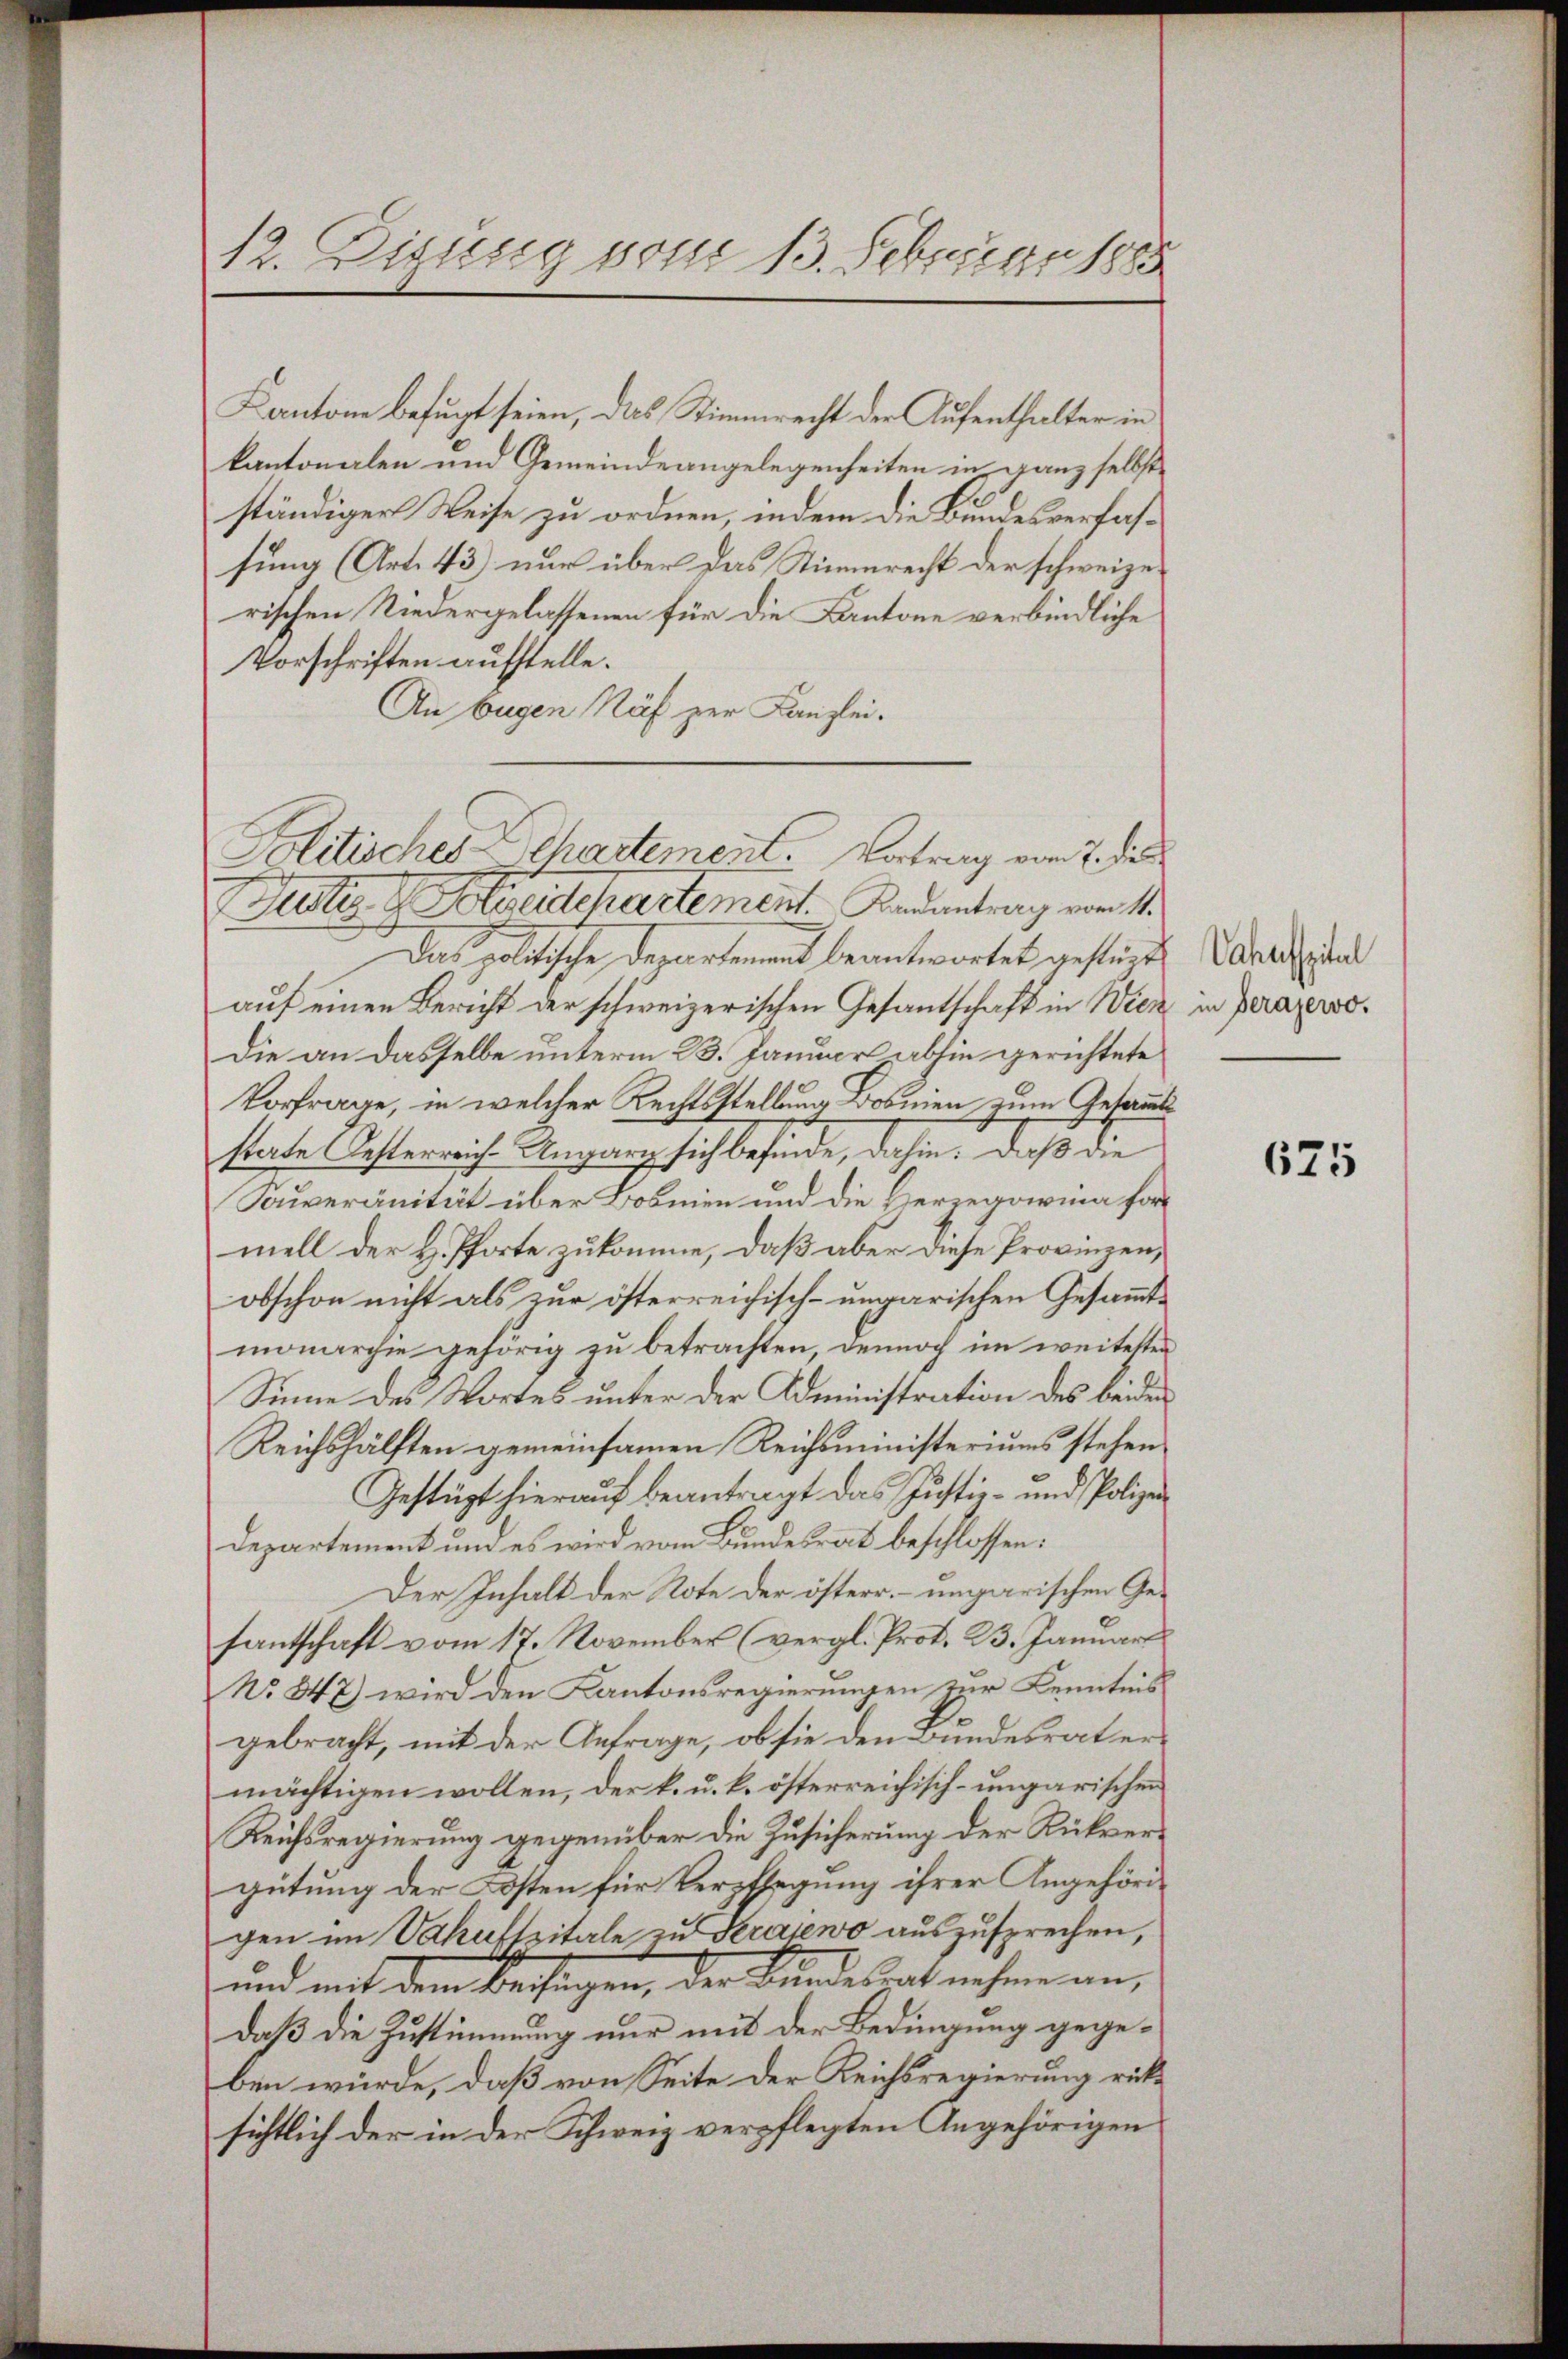
12. Disung vom 13. Februar 1885

Kantone befugt seien, das Stimmrecht der Aufenthalter in
kantonalen und Gemeinde angelegenheiten in ganz selbst
ständiger Weise zu ordnen, indem die Bundesverfassung (Art. 43) nur über das Stimmrecht der schweize
rischen Niedergelassenen für die Kantone verbindliche
Vorschriften aufstelle.
An Eugen Näf zur Kanzlei.
Politisches Chartement. Vortrag vom 7. die
Aste G. Kleidchartement. Badentrag vom 1.
Das Politische Departement beantwortet gestüzt
auf einen Bericht der schweizerischen Gesantschaft in Wien
Die an dasselbe unterm 23. Januar abhin gerichtete
Vorfrage, in welcher Rechtsstellung Bosnien zum Gesamt
state Oesterreich-Ungarg sich befinde, dahin: Daß die
Souveränität über Bosnien und die Herzegowina formell der H. Pforte zukomme, daß aber diese Provinzen,
obschon nicht als zur österreichisch-ungarischen Gesammtmonarchie gehörig zu betrachten, dennoch im weitesten
Sinne des Wortes unter der Administration des beiden
Reichshälften gemeinsamen Reichsministeriums stehen
Gestüzt hierauf beantragt das Justiz- und Polize
Departement und es wird vom Bundesrat beschlossen:
Der Inhalt der Note der österr. – ungarischen Gefantschaft vom 17. November (vergl. Prot. B. Januar
No 347) wird den Kantonsregierungen zur Kenntnis
gebracht, mit der Anfrage, ob sie den Bundesrat ermächtigen wollen, der k. u. k. österreichisch-ungarischen
Reichsregierung gegenüber die Zusicherung der Rückvergütung der Kosten für Verpflegung ihrer Angehörigen im Vakaftzitale zu Serajewo auszusprechen,
und mit dem Besagen, der Bundesrath nehmen an,
daß die Zustimmung nur mit der Bedingung gegeben würde, daß von Seite der Reichsregierung rücksichtlich der in der Schweiz verpflegten Angehörigen

Vahnsspital
in Verajewo.

625